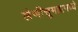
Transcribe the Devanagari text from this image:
लेणीसूमहामध्ये